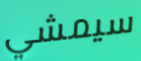
سيمشي